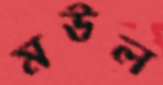
মউল